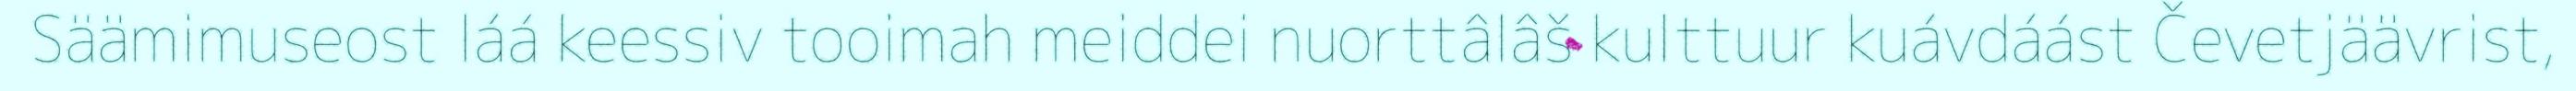
Säämimuseost láá keessiv tooimah meiddei nuorttâlâš kulttuur kuávdáást Čevetjäävrist,